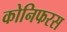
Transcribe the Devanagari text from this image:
कोनिफरस